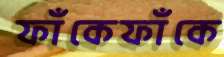
ফাঁকেফাঁকে